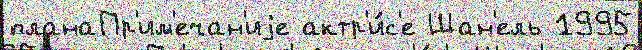
планаПр'им'ечан'иjе актр'и́с'е Шан'ель 1995